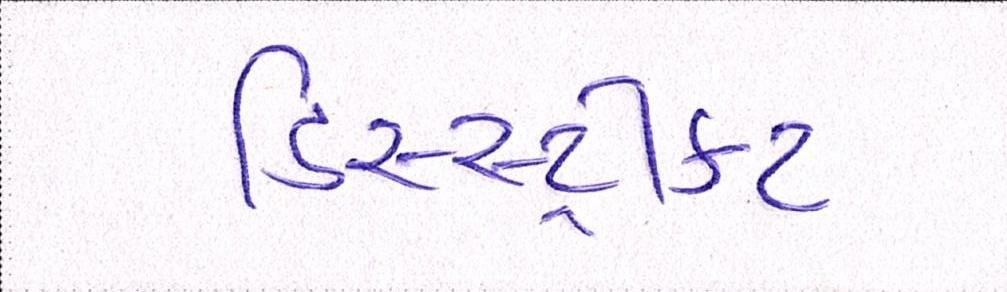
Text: ડિસ્સ્ટ્રીક્ટ